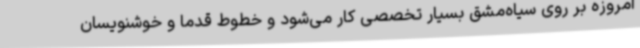
امروزه بر روی سیاه‌مشق بسیار تخصصی کار می‌شود و خطوط قدما و خوشنویسان